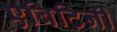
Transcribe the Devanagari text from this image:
एबिटिनी